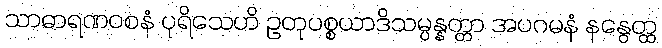
သာဓာရဏဝစနံ ပုရိသေဟိ ဥတုပစ္စယာဒိသမ္ပန္နတ္တာ အပဂမနံ နနွေတ္ထ